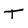
Character: T